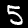
Label: 5